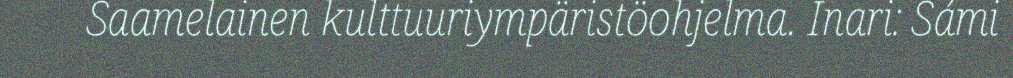
Saamelainen kulttuuriympäristöohjelma. Inari: Sámi